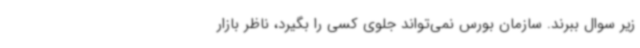
زیر سوال ببرند. سازمان بورس نمی‌تواند جلوی کسی را بگیرد، ناظر بازار